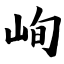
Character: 峋